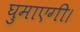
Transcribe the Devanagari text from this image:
घुमाएगी।